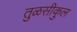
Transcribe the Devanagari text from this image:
तुळसीकुल